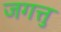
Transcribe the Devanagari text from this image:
जगत्तु